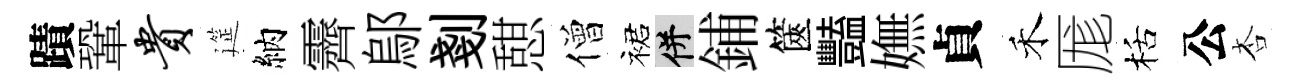
蹟鞏贵筵納霽鄔剗憇僧裙并鋪篋豔嫵貞禾厖栝公杏